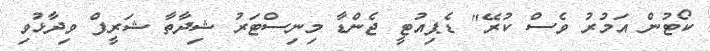
ކޯޓުން އަމުރު ވެސް ކުރޭ" ޑެޕިއުޓީ ޖެންޑާ މިނިސްޓަރު ޝިދާތާ ޝަރީފް ވިދާޅުވި